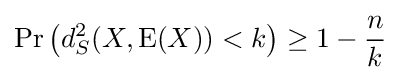
\Pr \left(d_{S}^{2}(X,\operatorname {E} (X))<k\right)\geq 1-{\frac {n}{k}}